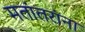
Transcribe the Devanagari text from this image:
मतांतरांना